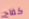
كفاح